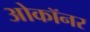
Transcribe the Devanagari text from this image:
ओकॉनर